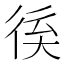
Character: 𢓽